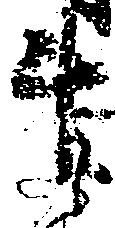
升